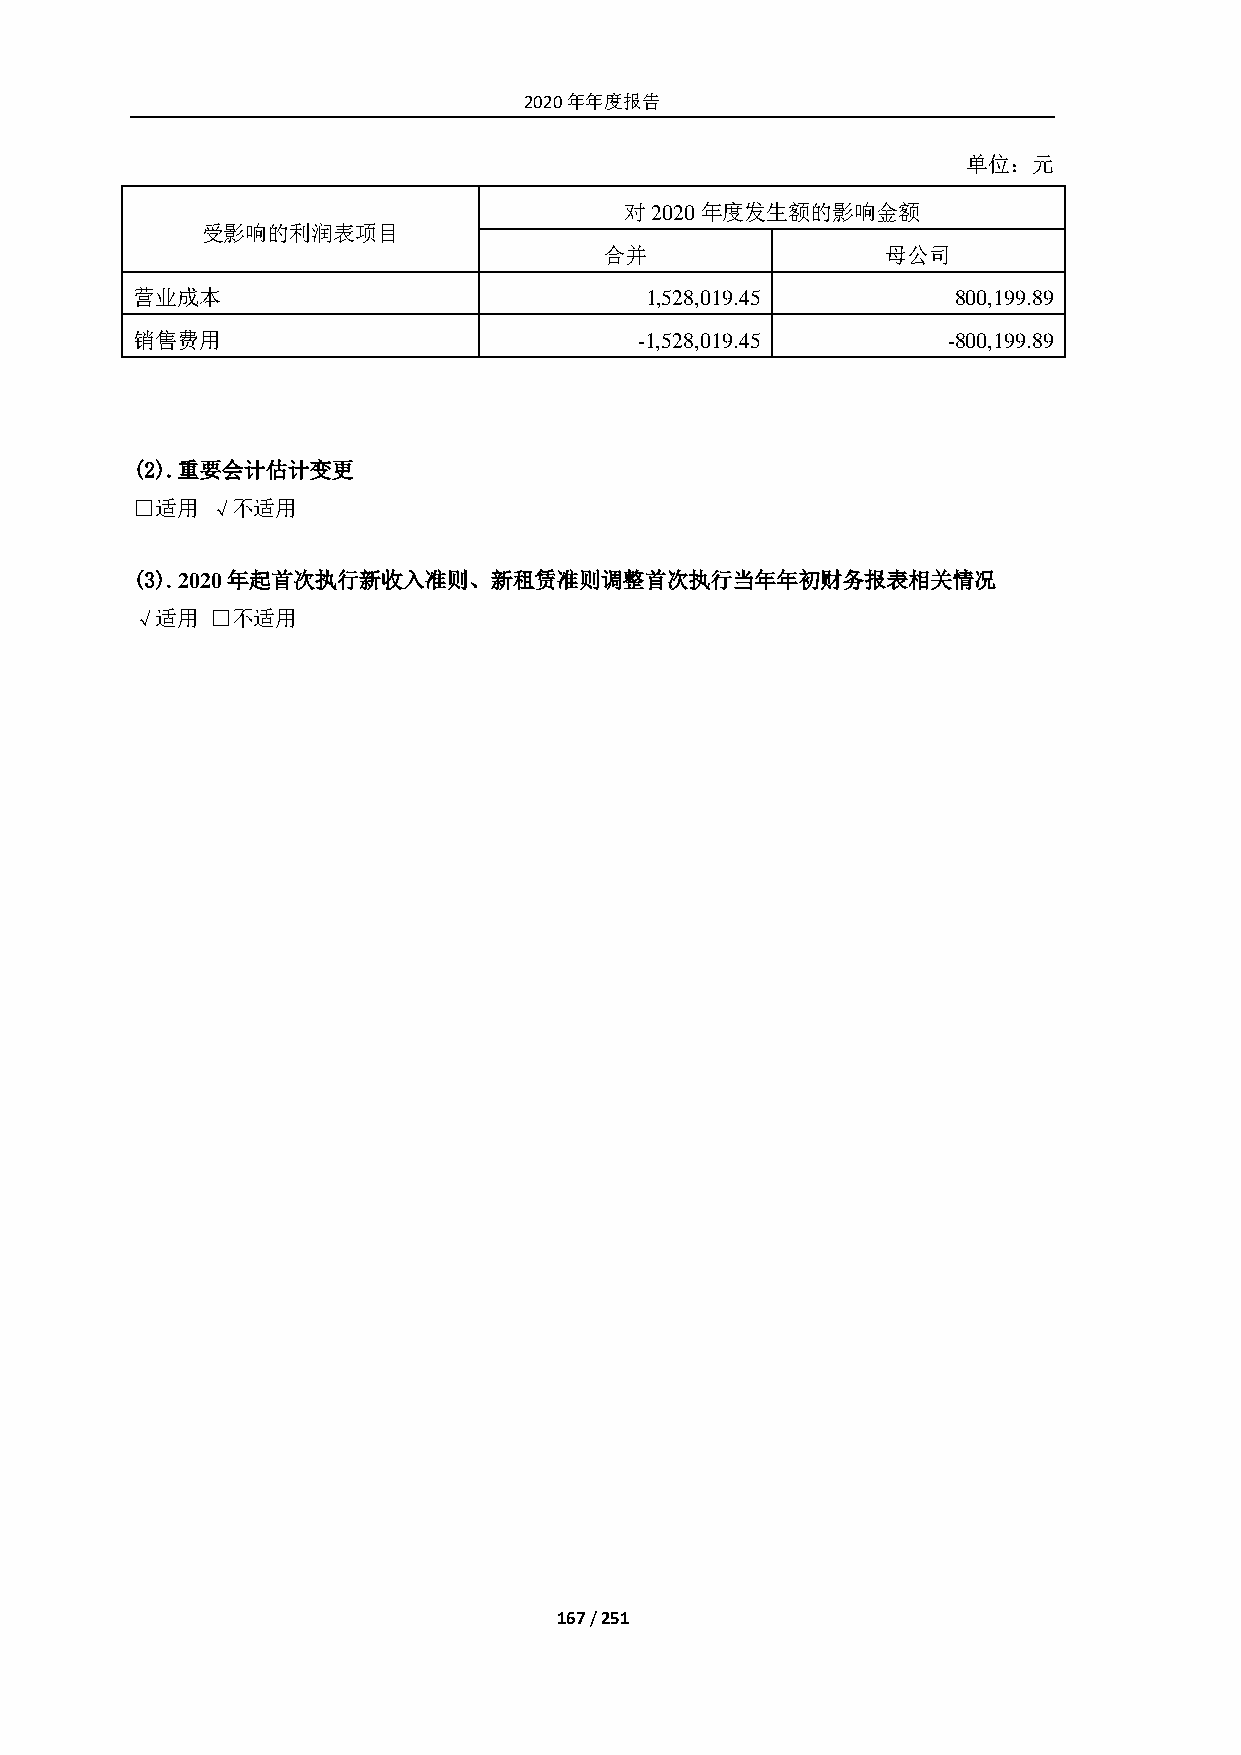
2020年年度报告
 单位：元
 对2020年度发生额的影响金额
 受影响的利润表项目
 合并                 母公司
 营业成本                              1,528,019.45        800,199.89
 销售费用                             -1,528,019.45        -800,199.89
 (2). 重要会计估计变更
 □适用  √不适用
 (3). 2020年起首次执行新收入准则、新租赁准则调整首次执行当年年初财务报表相关情况
 √适用  □不适用
 167 / 251